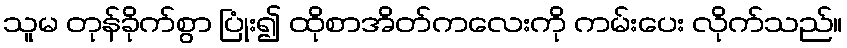
သူမ တုန်ခိုက်စွာ ပြုံး၍ ထိုစာအိတ်ကလေးကို ကမ်းပေး လိုက်သည်။